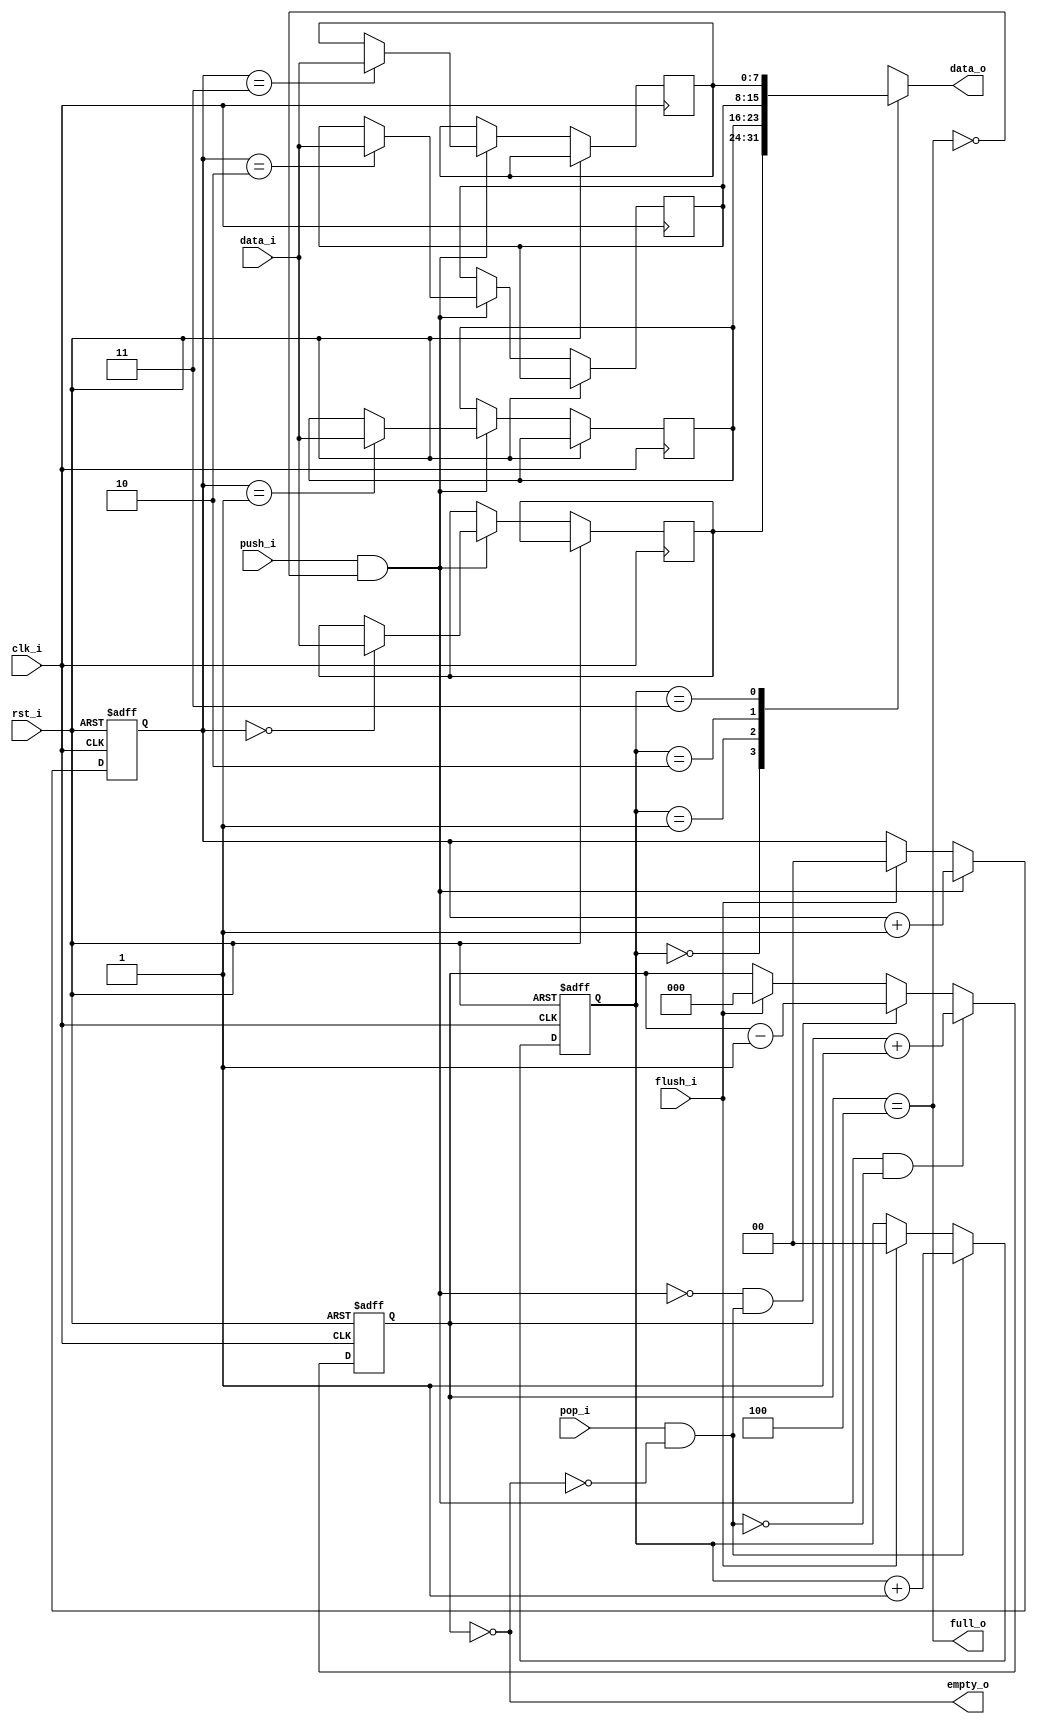
//-----------------------------------------------------------------
//                       USB Device Core
//                           V1.0
//                     Ultra-Embedded.com
//                     Copyright 2014-2019
//
//
//                         License: GPL
// If you would like a version with a more permissive license for
// use in closed source commercial applications please contact me
// for details.
//-----------------------------------------------------------------
//
// This file is open source HDL; you can redistribute it and/or 
// modify it under the terms of the GNU General Public License as 
// published by the Free Software Foundation; either version 2 of 
// the License, or (at your option) any later version.
//
// This file is distributed in the hope that it will be useful,
// but WITHOUT ANY WARRANTY; without even the implied warranty of
// MERCHANTABILITY or FITNESS FOR A PARTICULAR PURPOSE.  See the
// GNU General Public License for more details.
//
// You should have received a copy of the GNU General Public 
// License along with this file; if not, write to the Free Software
// Foundation, Inc., 59 Temple Place, Suite 330, Boston, MA 02111-1307
// USA
//-----------------------------------------------------------------

//-----------------------------------------------------------------
//                          Generated File
//-----------------------------------------------------------------

module usbf_fifo
(
    // Inputs
     input           clk_i
    ,input           rst_i
    ,input  [  7:0]  data_i
    ,input           push_i
    ,input           pop_i
    ,input           flush_i

    // Outputs
    ,output          full_o
    ,output          empty_o
    ,output [  7:0]  data_o
);



parameter WIDTH   = 8;
parameter DEPTH   = 4;
parameter ADDR_W  = 2;

//-----------------------------------------------------------------
// Local Params
//-----------------------------------------------------------------
localparam COUNT_W = ADDR_W + 1;

//-----------------------------------------------------------------
// Registers
//-----------------------------------------------------------------
reg [WIDTH-1:0]         ram [DEPTH-1:0];
reg [ADDR_W-1:0]        rd_ptr;
reg [ADDR_W-1:0]        wr_ptr;
reg [COUNT_W-1:0]       count;

//-----------------------------------------------------------------
// Sequential
//-----------------------------------------------------------------
always @ (posedge clk_i or posedge rst_i)
if (rst_i)
begin
    count   <= {(COUNT_W) {1'b0}};
    rd_ptr  <= {(ADDR_W) {1'b0}};
    wr_ptr  <= {(ADDR_W) {1'b0}};
end
else
begin

    if (flush_i)
    begin
        count   <= {(COUNT_W) {1'b0}};
        rd_ptr  <= {(ADDR_W) {1'b0}};
        wr_ptr  <= {(ADDR_W) {1'b0}};
    end

    // Push
    if (push_i & ~full_o)
    begin
        ram[wr_ptr] <= data_i;
        wr_ptr      <= wr_ptr + 1;
    end

    // Pop
    if (pop_i & ~empty_o)
    begin
        rd_ptr      <= rd_ptr + 1;
    end

    // Count up
    if ((push_i & ~full_o) & ~(pop_i & ~empty_o))
    begin
        count <= count + 1;
    end
    // Count down
    else if (~(push_i & ~full_o) & (pop_i & ~empty_o))
    begin
        count <= count - 1;
    end
end

//-------------------------------------------------------------------
// Combinatorial
//-------------------------------------------------------------------
/* verilator lint_off WIDTH */
assign full_o    = (count == DEPTH);
assign empty_o   = (count == 0);
/* verilator lint_on WIDTH */

assign data_o    = ram[rd_ptr];


endmodule